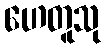
ဟေတူသု